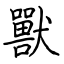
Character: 獸